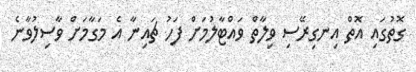
ގޮތުގައި އޮތް އިނގިރޭސި ވިލާތް ވައްޓާލުމަށް ފަހު ޗައިނާ އެ މަގާމަށް ވާސިލުވާނެ